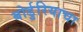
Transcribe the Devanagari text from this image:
बोर्डुरियाचा